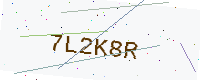
Text: 7L2K8R